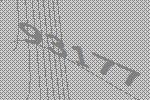
93177